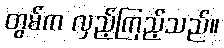
တွမ်က လှည့်ကြည့်သည်။